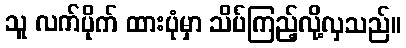
သူ လက်ပိုက် ထားပုံမှာ သိပ်ကြည့်လို့လှသည်။